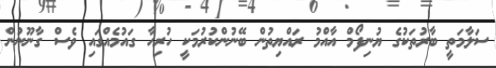
ސަލާމަތީ ބާރުތަކުގެ ޔުނިފޯމް އާއްމު ރައްޔިތުން ބޭނުންކުރުމަކީ ހުރިހާ ގައުމެއްގައި ވެސް ގާނޫނުން